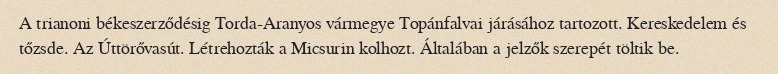
A trianoni békeszerződésig Torda-Aranyos vármegye Topánfalvai járásához tartozott. Kereskedelem és tőzsde. Az Úttörővasút. Létrehozták a Micsurin kolhozt. Általában a jelzők szerepét töltik be.